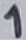
Text: 1